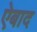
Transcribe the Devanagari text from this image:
ऐबाद